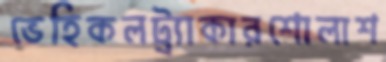
ভেহিকলট্র্যাকারশোলাশ